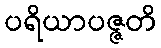
ပရိယာပဇ္ဇတိ